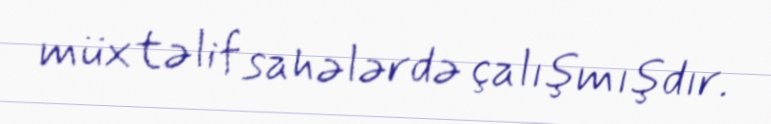
müxtəlif sahələrdə çalışmışdır.